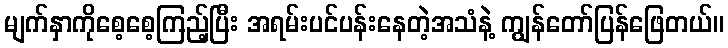
မျက်နှာကိုစေ့စေ့ကြည့်ပြီး အရမ်းပင်ပန်းနေတဲ့အသံနဲ့ ကျွန်တော်ပြန်ဖြေတယ်။